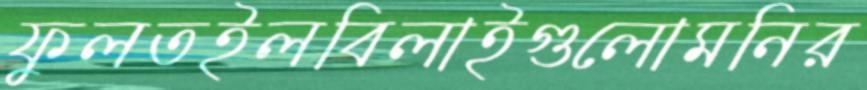
ফুলতইলবিলাইগুলোমনির